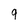
Character: 9